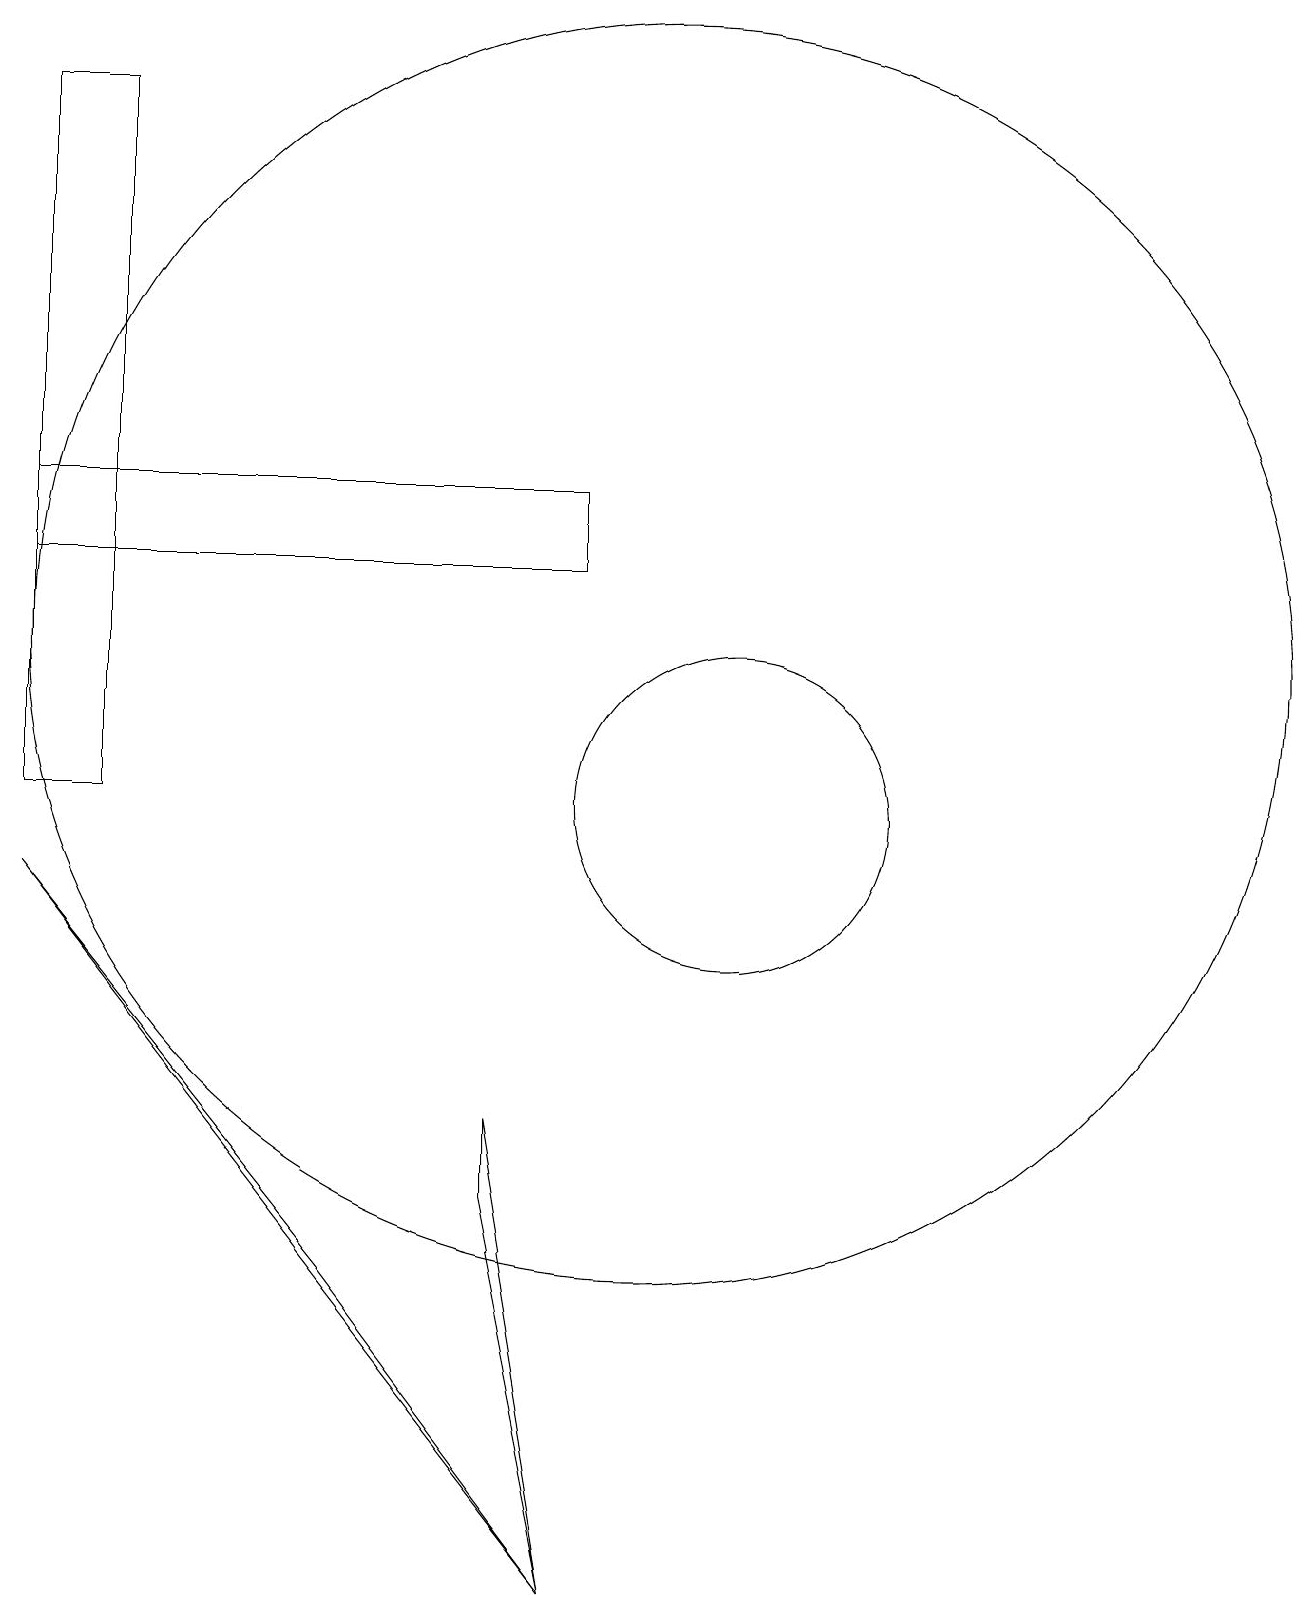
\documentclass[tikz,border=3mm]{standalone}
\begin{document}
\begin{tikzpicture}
\draw (11,10) circle (2);
\draw (2,10) rectangle (3,19);
\draw (9,14) rectangle (2,13);
\draw (2,9) -- (9,0) -- (6,4) -- cycle;
\draw (10,12) circle (8);
\draw (8,6) -- (8,5) -- (9,0) -- cycle;
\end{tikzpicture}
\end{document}